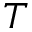
T